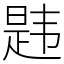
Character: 韪